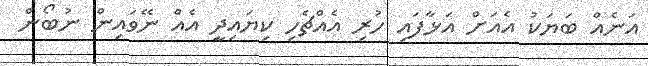
އަނެއް ބަޔަކު އެއަށް އަޅާފައި ހުރި އެއްޗެހި ކިޔައިދީ އެއް ނޭވައިން ނުބޯން